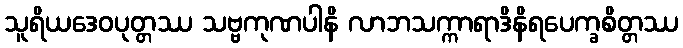
သူရိယဒေဝပုတ္တဿ သဗ္ဗကုဏပါနိ လာဘသက္ကာရာဒိနိရပေက္ခစိတ္တဿ